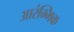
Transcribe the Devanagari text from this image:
आरंम्भिक